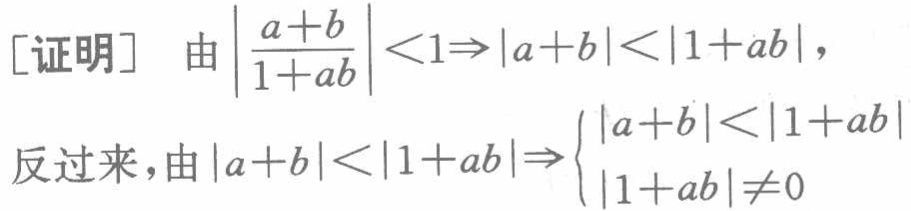
[证明] 由$\left|\frac{a + b}{1 + ab}\right| < 1\Rightarrow|a + b| < |1 + ab|$，

反过来，由$|a + b| < |1 + ab|\Rightarrow\begin{cases}|a + b| < |1 + ab|\\|1 + ab|\neq 0\end{cases}$